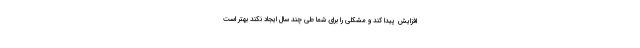
افزایش پیدا کند و مشکلی را برای شما طی چند سال ایجاد نکند بهتر است